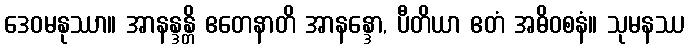
ဒေဝမနုဿာ။ အာနန္ဒန္တိ ဧတေနာတိ အာနန္ဒော, ပီတိယာ ဧတံ အဓိဝစနံ။ သုမနဿ